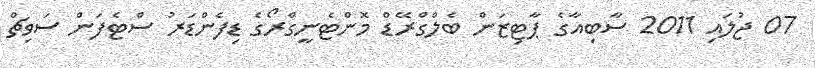
07 ޖުލައި 2011 ސާބިއާގެ ޕާޓިޒަން ބެލްގްރޭޑް މޮންޓެނީގްރޯގެ ޑިފެންޑަރު ސްޓެފަން ސަވިޗް